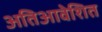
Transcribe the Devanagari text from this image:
अतिआवेशित